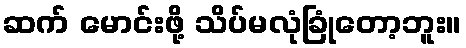
ဆက် မောင်းဖို့ သိပ်မလုံခြုံတော့ဘူး။